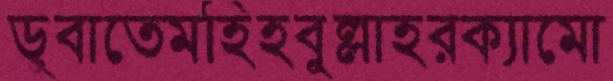
ডুবাতেমহিহবুল্লাহরক্যামো